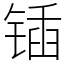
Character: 锸